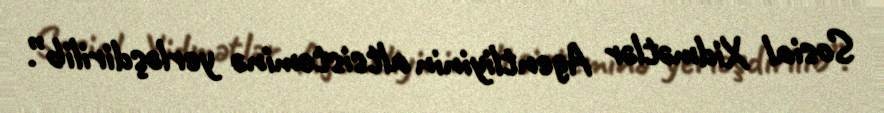
Sosial Xidmətlər Agentliyinin altsisteminə yerləşdirilib”.